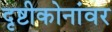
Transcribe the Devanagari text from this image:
दृष्टीकोनांवर